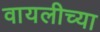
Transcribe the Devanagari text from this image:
वायलीच्या